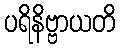
ပရိနိဗ္ဗာယတိ